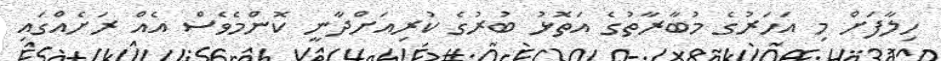
ހިލާފަށް މި އަހަރުގެ މުބާރާތުގެ އަތޮޅު ބުރުގެ ކުރިއަށްދާނީ ކޮންމެވެސް އެއް ރަށެއްގައި